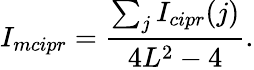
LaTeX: I_{mcipr}=\frac{\sum_{j}I_{cipr}(j)}{4L^{2}-4}.